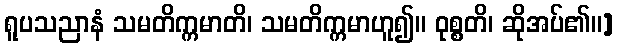
ရူပသညာနံ သမတိက္ကမာတိ၊ သမတိက္ကမာဟူ၍။ ဝုစ္စတိ၊ ဆိုအပ်၏။]